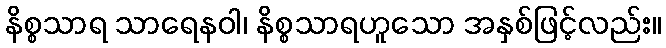
နိစ္စသာရ သာရေနဝါ၊ နိစ္စသာရဟူသော အနှစ်ဖြင့်လည်း။